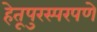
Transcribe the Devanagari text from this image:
हेतूपुरस्परपणे